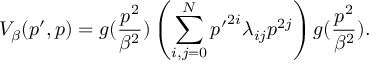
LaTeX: V _ { \beta } ( p ^ { \prime } , p ) = g ( \frac { p ^ { 2 } } { \beta ^ { 2 } } ) \left( \sum _ { i , j = 0 } ^ { N } { p ^ { \prime } } ^ { 2 i } \lambda _ { i j } p ^ { 2 j } \right) g ( \frac { p ^ { 2 } } { \beta ^ { 2 } } ) .